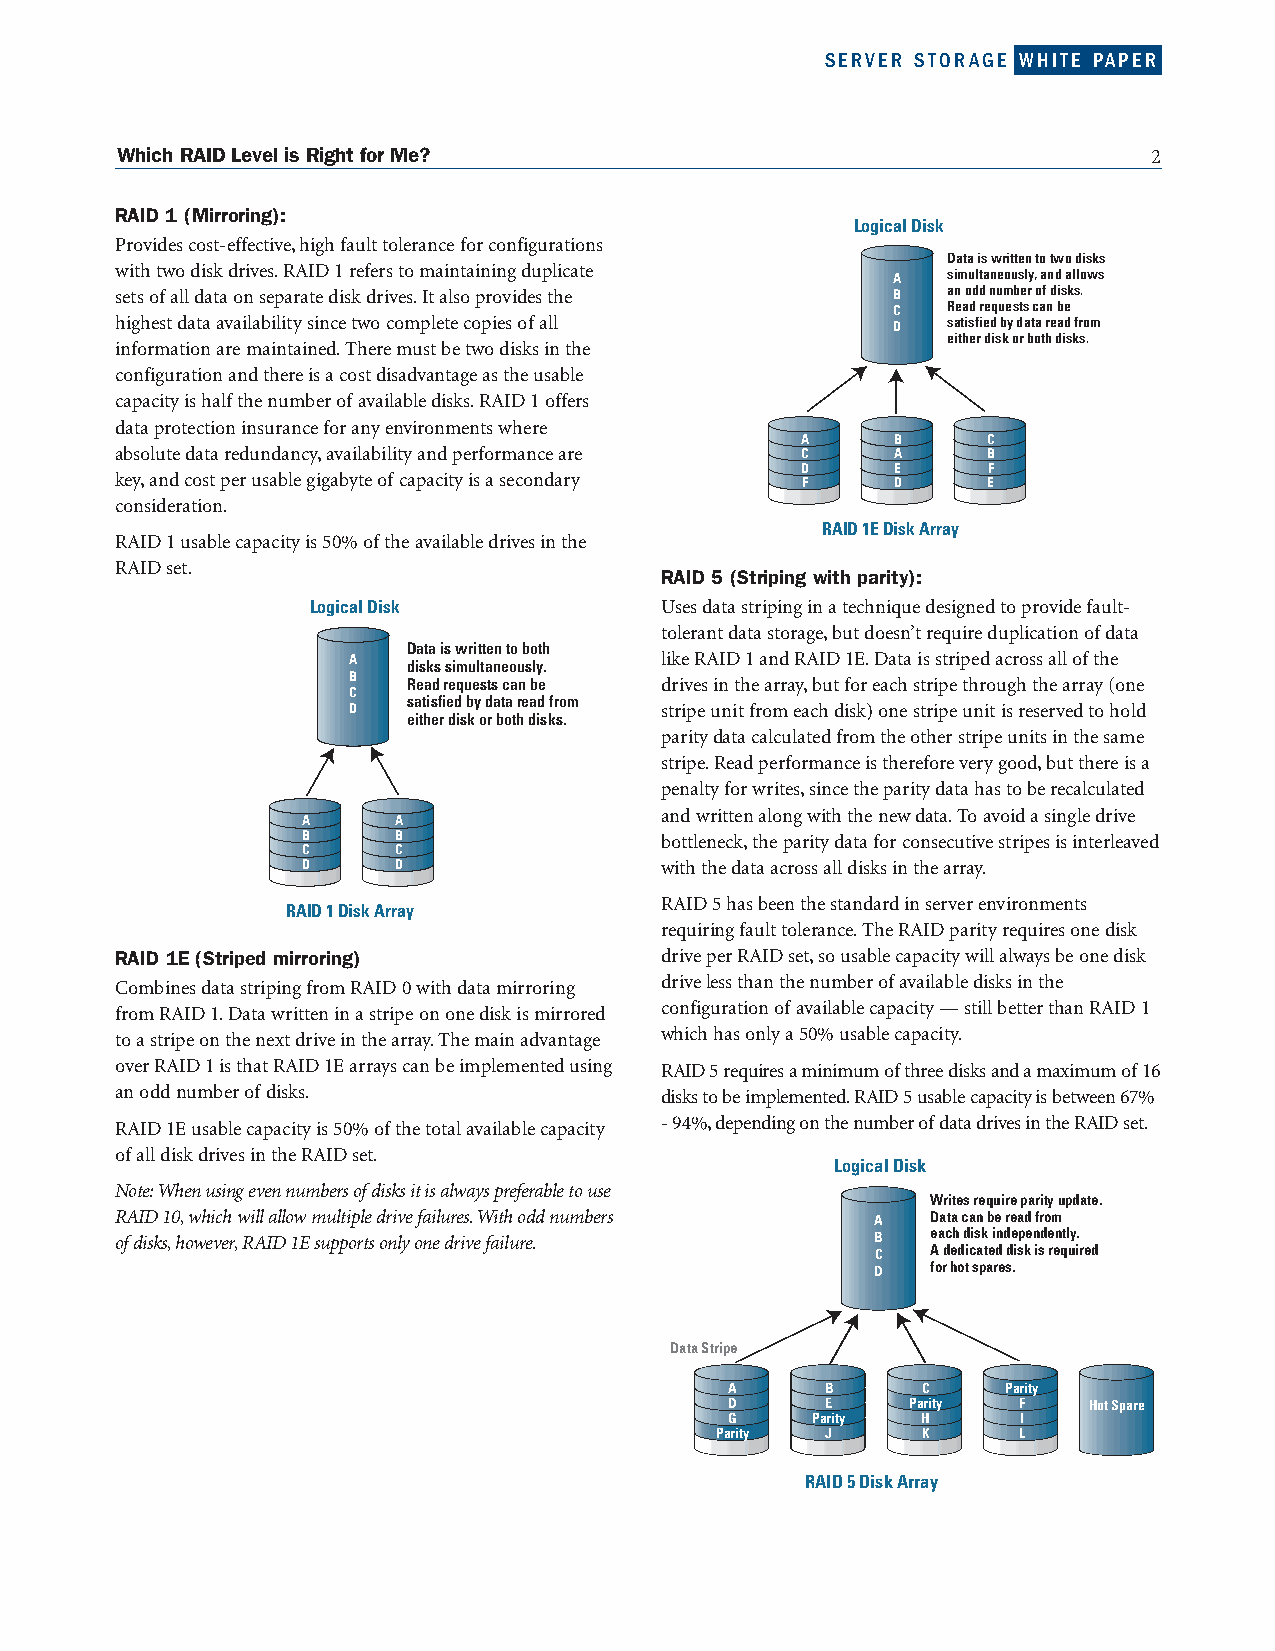
SERVER STORAGE WHITE PAPER
 Which RAID Level is Right for Me?                                   2
 RAID 1 (Mirroring):
 Logical Disk
 Provides cost-effective,high fault tolerance for configurations
 Data is written to two disks
 with two disk drives.RAID 1 refers to maintaining duplicate A simultaneously,andallows
 sets ofall data on separate disk drives.It also provides the B anodd number ofdisks.
 C   Read requests can be
 highest data availability since two complete copies ofall D satisfied by data read from
 either disk or both disks.
 information are maintained.There must be two disks in the
 configuration and there is a cost disadvantage as the usable
 capacity is halfthe number ofavailable disks.RAID 1 offers
 data protection insurance for any environments where
 A     B     C
 absolute data redundancy,availability and performance are C A B
 D     E     F
 key,and cost per usable gigabyte ofcapacity is a secondary F D E
 consideration.
 RAID 1E Disk Array
 RAID 1 usable capacity is 50% ofthe available drives in the
 RAID set.
 RAID 5 (Striping with parity):
 Logical Disk           Uses data striping in a technique designed to provide fault-
 tolerant data storage,but doesn’t require duplication ofdata
 Data is written toboth
 A   disks simultaneously. like RAID 1 and RAID 1E.Data is striped across all ofthe
 B
 Read requests can be drives in the array,but for each stripe through the array (one
 C
 satisfied by data read from
 D                    stripe unit from each disk) one stripe unit is reserved to hold
 either disk or both disks.
 paritydata calculated from the other stripe units in the same
 stripe.Read performance is therefore very good,but there is a
 penalty for writes,since the parity data has to be recalculated
 and writtenalong with the new data.To avoid a single drive
 A     A
 B     B                 bottleneck,the parity data for consecutive stripes is interleaved
 C     C
 D     D                 with the data across all disks in the array.
 RAID 5 has been the standard in server environments
 RAID 1 Disk Array
 requiring fault tolerance.The RAID parity requires one disk
 RAID 1E (Striped mirroring)         drive per RAID set,so usable capacity will always be one disk
 Combines data striping from RAID 0 with data mirroring driveless than the number ofavailable disks in the
 from RAID 1.Data written in a stripe on one disk is mirrored configuration ofavailable capacity — still better than RAID 1
 toastripe on the next drive in the array.The main advantage which has only a 50% usable capacity.
 over RAID 1 is that RAID 1E arrays can be implemented using RAID 5 requires a minimum ofthree disks and a maximum of16
 an odd numberofdisks.               disks to be implemented.RAID 5 usable capacity is between 67%
 RAID 1E usable capacity is 50% ofthe total available capacity -94%,depending on the number ofdata drives in the RAID set.
 ofall disk drives in the RAID set.
 Logical Disk
 Note:When using even numbers ofdisks it is always preferable to use
 Writes require parity update.
 RAID 10,which will allow multiple drive failures.With odd numbers A Data can be read from
 ofdisks,however,RAID 1E supports only one drive failure. B each disk independently.
 C   Adedicated disk is required
 D   forhotspares.
 Data Stripe
 A      B     C     Parity
 D      E    Parity F    Hot Spare
 G     Parity H      I
 Parity  J     K     L
 RAID 5 Disk Array